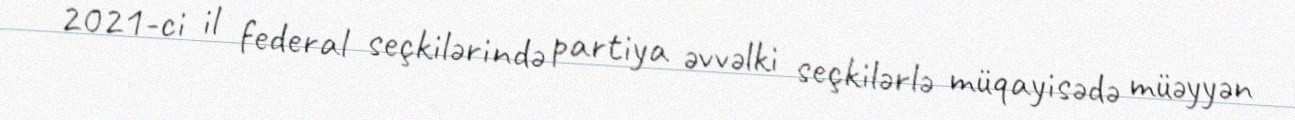
2021-ci il federal seçkilərində partiya əvvəlki seçkilərlə müqayisədə müəyyən